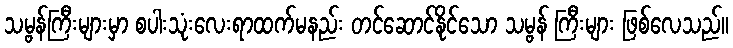
သမ္ဗန်ကြီးများမှာ စပါးသုံးလေးရာထက်မနည်း တင်ဆောင်နိုင်သော သမ္ဗန် ကြီးများ ဖြစ်လေသည်။